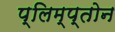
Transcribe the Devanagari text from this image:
प्लिम्प्तोन